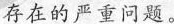
存在的严重问题。